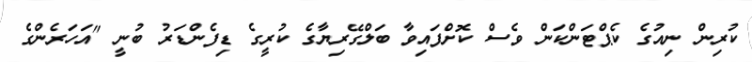
ކުރިން ނިއުގެ ކެޕްޓަންކަން ވެސް ކޮށްފައިވާ ބަލްގޭރިޔާގެ ކުރީގެ ޑިފެންޑަރު ބުނީ "އަހަރެންގެ